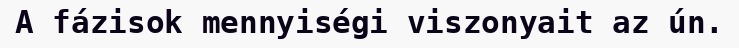
A fázisok mennyiségi viszonyait az ún.